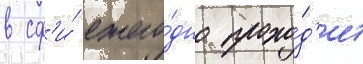
в сф'и́ ежего́дно прохо́д'ит